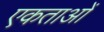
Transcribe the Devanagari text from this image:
एकताओं